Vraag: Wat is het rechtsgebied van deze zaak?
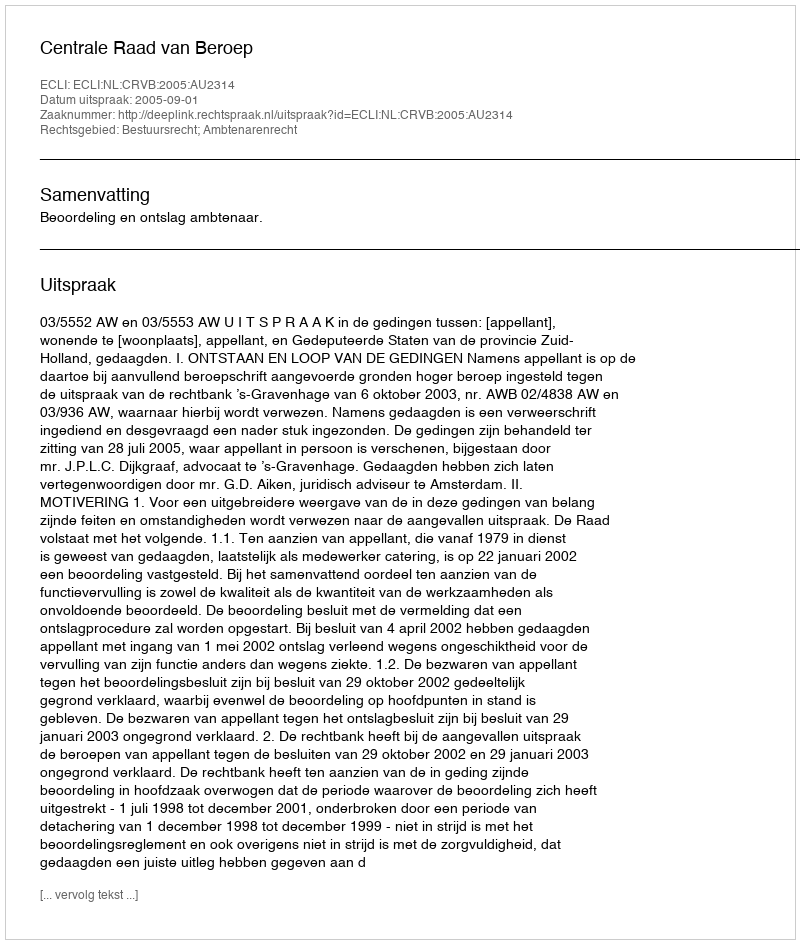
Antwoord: Bestuursrecht; Ambtenarenrecht